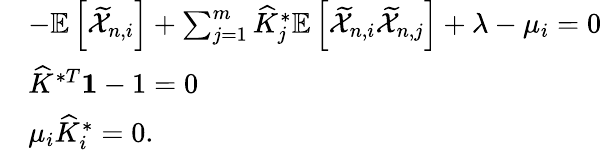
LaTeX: \begin{array}{rl}&{-\mathbb{E}\left[\widetilde{\mathcal{X}}_{n,i}\right]+\sum_{j=1}^{m}\widehat{K}_{j}^{*}\mathbb{E}\left[\widetilde{\mathcal{X}}_{n,i}\widetilde{\mathcal{X}}_{n,j}\right]+\lambda-\mu_{i}=0}\\ &{\widehat{K}^{*T}\mathbf{1}-1=0}\\ &{\mu_{i}\widehat{K}_{i}^{*}=0.}\end{array}